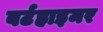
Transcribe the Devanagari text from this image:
वर्टहाइमर